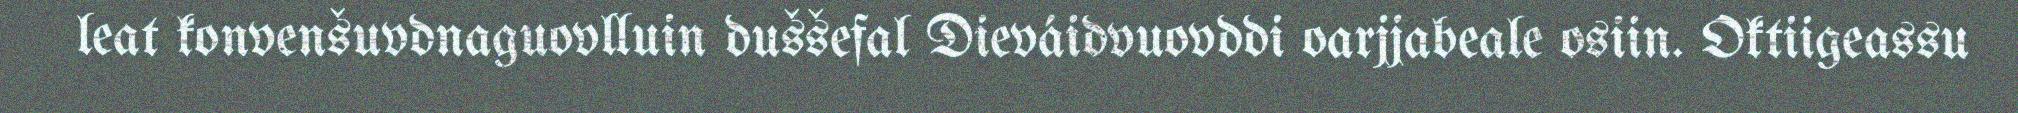
leat konvenšuvdnaguovlluin duššefal Dieváidvuovddi oarjjabeale osiin. Oktiigeassu